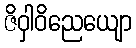
ဇိဝှါဝိညေယျော